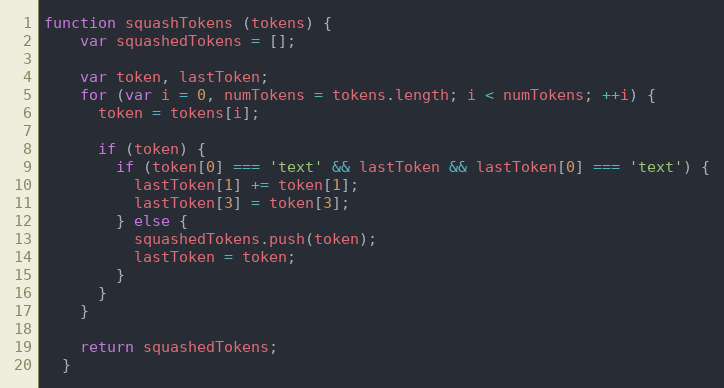
Language: JavaScript
function squashTokens (tokens) {
    var squashedTokens = [];

    var token, lastToken;
    for (var i = 0, numTokens = tokens.length; i < numTokens; ++i) {
      token = tokens[i];

      if (token) {
        if (token[0] === 'text' && lastToken && lastToken[0] === 'text') {
          lastToken[1] += token[1];
          lastToken[3] = token[3];
        } else {
          squashedTokens.push(token);
          lastToken = token;
        }
      }
    }

    return squashedTokens;
  }